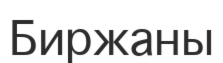
Биржаны